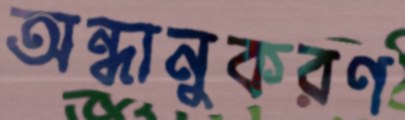
অন্ধানুকরণ